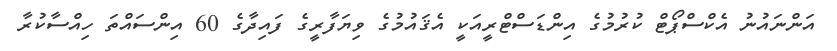
އަންނައުނު އެކްސްޕޯޓް ކުރުމުގެ އިންޑަސްޓްރީއަކީ އެޤައުމުގެ ވިޔަފާރީގެ ފައިދާގެ 60 އިންސައްތަ ހިއްސާކުރާ